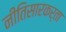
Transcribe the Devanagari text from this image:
नीतिसारकर्ता